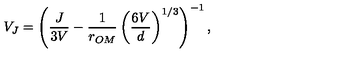
V _ { J } = \left( \frac { J } { 3 V } - \frac { 1 } { r _ { O M } } \left( \frac { 6 V } { d } \right) ^ { 1 / 3 } \right) ^ { - 1 } ,